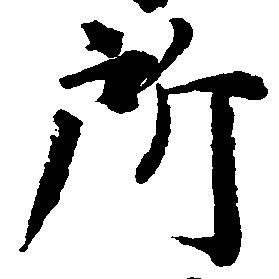
所